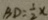
B D = \frac { 1 } { 2 } x